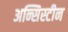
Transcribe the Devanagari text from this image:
अन्सिस्टीन